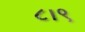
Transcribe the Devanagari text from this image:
८।९